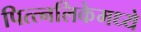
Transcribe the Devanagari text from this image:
पित्त्नलिकेमध्ये